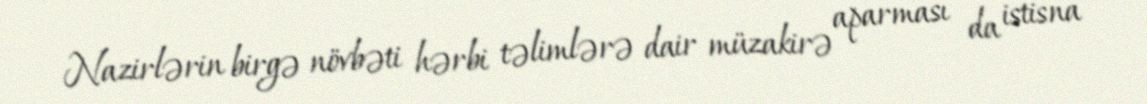
Nazirlərin birgə növbəti hərbi təlimlərə dair müzakirə aparması da istisna